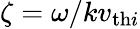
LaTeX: \zeta=\omega/kv_{\mathrm{th}i}